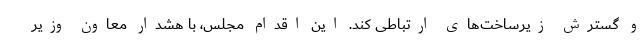
و گسترش زیرساخت‌های ارتباطی کند. این اقدام مجلس، با هشدار معاون وزیر